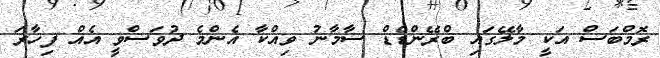
ރޮމްބަސް އަކީ މާލޭގައި ބްރޭންޑެޑް ސާމާނު ވިއްކާ އެންމެ ދުވަސްވީ އެއް ފިހާރަ